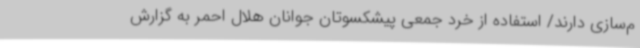
م‌سازی دارند/ استفاده از خرد جمعی پیشکسوتان جوانان هلال احمر به گزارش